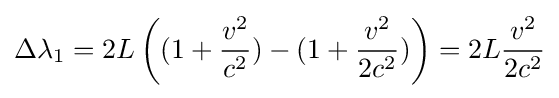
\Delta {\lambda }_{1}=2L\left((1+{\frac {v^{2}}{c^{2}}})-(1+{\frac {v^{2}}{2c^{2}}})\right)={2L}{\frac {v^{2}}{2c^{2}}}